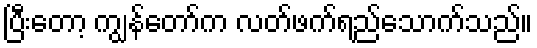
ပြီးတော့ ကျွန်တော်က လတ်ဖက်ရည်သောက်သည်။